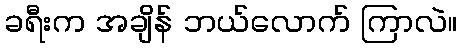
ခရီးက အချိန် ဘယ်လောက် ကြာလဲ။